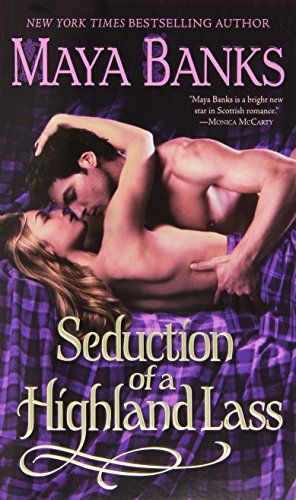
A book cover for Seduction of a Highland Lass (The Highlanders); Maya Banks; Romance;